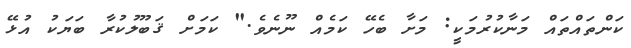
ކަންތައްތައް މަނާކުރުމަކީ: މަށާ ބެހޭ ކަމެއް ނޫނެވެ." ކަމަށް ޤަބޫލުކުރާ ބަޔަކު އުޅޭ